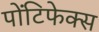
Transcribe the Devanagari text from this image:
पोंटिफेक्स